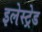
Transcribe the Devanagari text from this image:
इलेस्ट्रेड